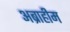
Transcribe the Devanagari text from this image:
अब्राहीम